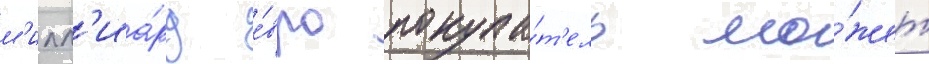
м'илл'иа́рд е́вро покупа́т'ель мо́жет